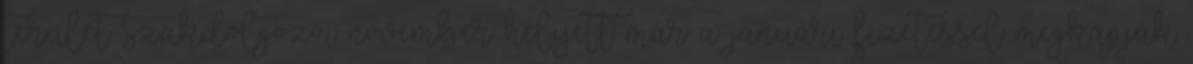
terület szakdolgozói november helyett már a januári fizetéssel megkapják